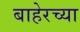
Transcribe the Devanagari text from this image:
बाहेरच्‍या